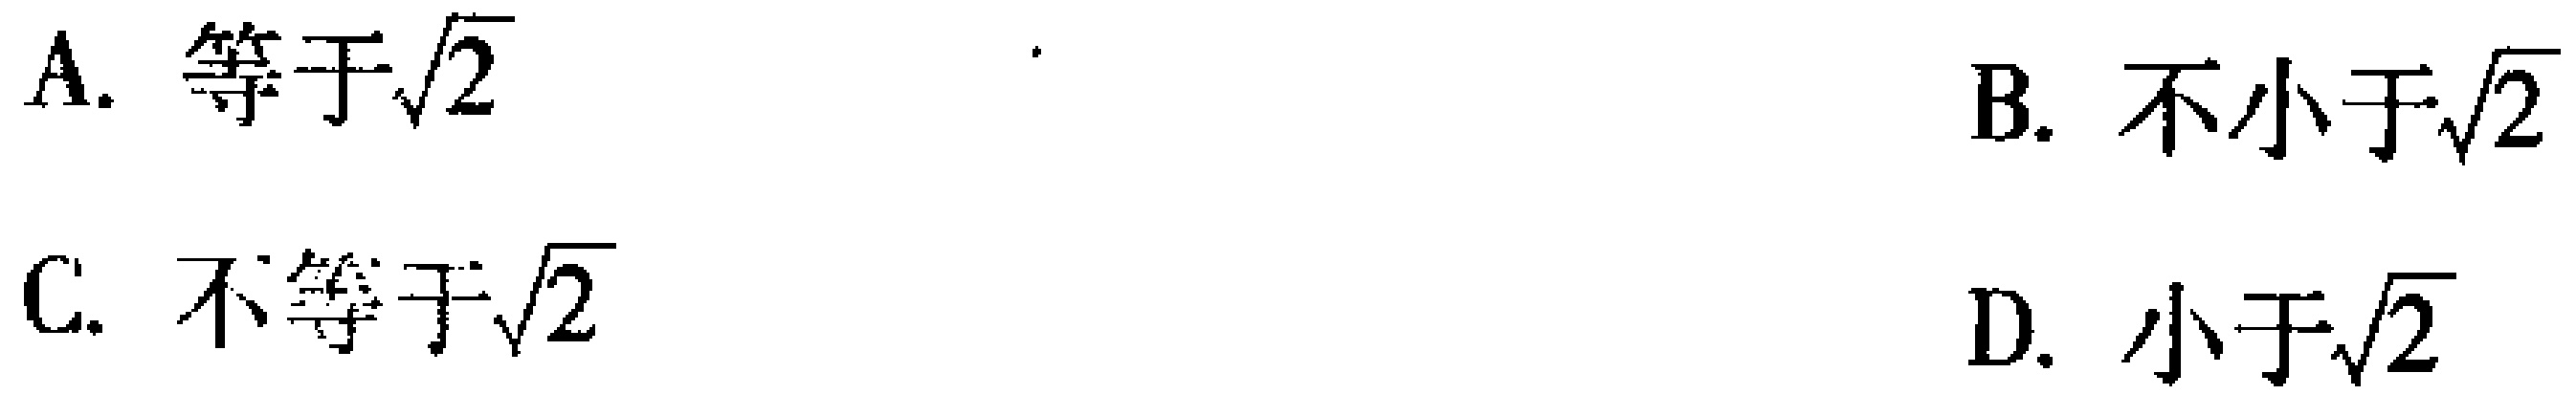
A. 等于\(\sqrt{2}\)
B. 不小于\(\sqrt{2}\)
C. 不等于\(\sqrt{2}\)
D. 小于\(\sqrt{2}\)